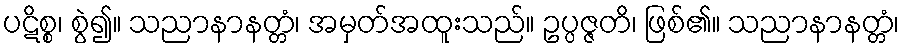
ပဋိစ္စ၊ စွဲ၍။ သညာနာနတ္တံ၊ အမှတ်အထူးသည်။ ဥပ္ပဇ္ဇတိ၊ ဖြစ်၏။ သညာနာနတ္တံ၊